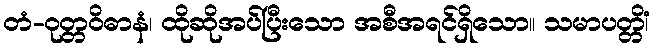
တံ-ဝုတ္တဝိဓာနံ၊ ထိုဆိုအပ်ပြီးသော အစီအရင်ရှိသော။ သမာပတ္တိံ၊